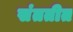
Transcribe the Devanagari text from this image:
संततीत